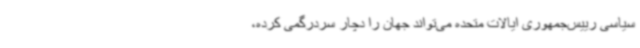
سیاسی رییس‌جمهوری ایالات متحده می‌تواند جهان را دچار سردرگمی کرده،